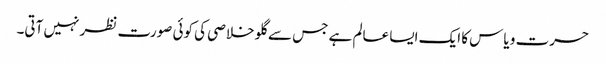
حسرت و یاس کا ایک ایسا عالم ہے جس سے گلو خلاصی کی کوئی صورت نظر نہیں آتی۔